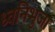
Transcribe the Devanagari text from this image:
ध्वनिभुजा